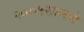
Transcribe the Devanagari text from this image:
२००५सालचे